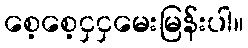
စေ့စေ့ငှငှမေးမြန်းပါ။